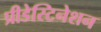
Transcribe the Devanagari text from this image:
प्रीडेस्टिनेशन